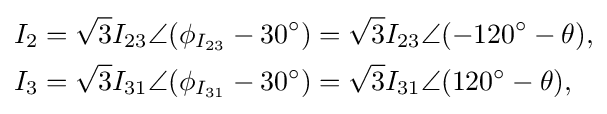
{\begin{aligned}I_{2}&={\sqrt {3}}I_{23}\angle (\phi _{I_{23}}-30^{\circ })={\sqrt {3}}I_{23}\angle (-120^{\circ }-\theta ),\\I_{3}&={\sqrt {3}}I_{31}\angle (\phi _{I_{31}}-30^{\circ })={\sqrt {3}}I_{31}\angle (120^{\circ }-\theta ),\end{aligned}}